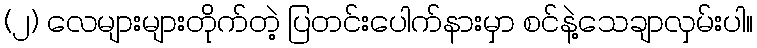
(၂) လေများများတိုက်တဲ့ ပြတင်းပေါက်နားမှာ စင်နဲ့သေချာလှမ်းပါ။